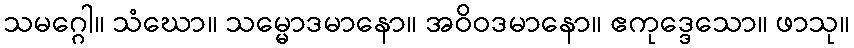
သမဂ္ဂေါ။ သံဃော။ သမ္မောဒမာနော။ အဝိဝဒမာနော။ ဧကုဒ္ဒေသော။ ဖာသု။